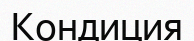
Кондиция